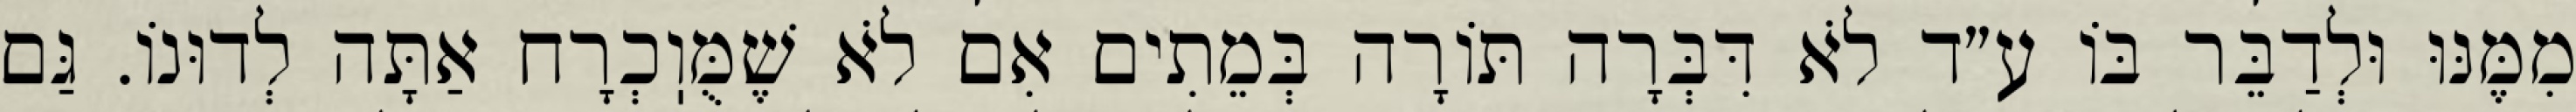
מִמֶּנּוּ וּלְדַבֵּר בּוֹ ע״ד לֹא דִּבְּרָה תּוֹרָה בְּמֵתִים אִם לֹא שֶׁמֻּוֽכְרָח אַתָּה לְדוּנוֹ. גַּם